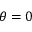
\theta = 0